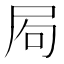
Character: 𡱈